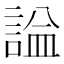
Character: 𧨦